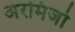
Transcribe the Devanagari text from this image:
अरमिजो